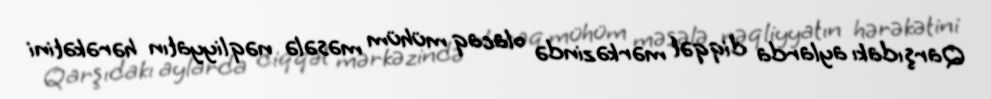
Qarşıdakı aylarda diqqət mərkəzində olacaq mühüm məsələ nəqliyyatın hərəkətini